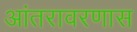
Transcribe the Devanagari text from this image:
आंतरावरणास